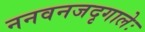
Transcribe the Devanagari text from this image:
ननवनजदृगालेः